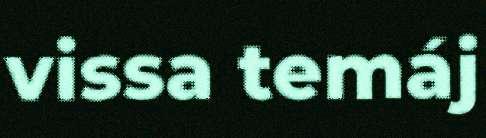
vissa temáj